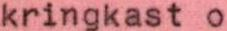
kringkast o